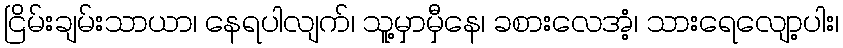
ငြိမ်းချမ်းသာယာ၊ နေရပါလျက်၊ သူ့မှာမှီနေ၊ ခစားလေအံ့၊ သားရေလျော့ပါး၊